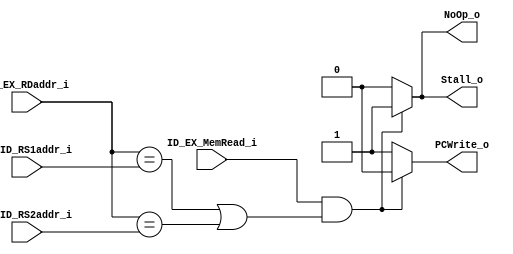
module Hazard_Detection(
	IF_ID_RS1addr_i,
	IF_ID_RS2addr_i,
	ID_EX_RDaddr_i,
	ID_EX_MemRead_i,
	Stall_o, // to testbench.v.  Also, to IF_ID.load_use_data_hazard_preserve_IF_ID_i
	NoOp_o, // to Control.v : for load-use data hazard, no operations for ID_EX
	PCWrite_o // to PC.v : for load-use data hazard, preserve PC
);
input [4:0] IF_ID_RS1addr_i;
input [4:0] IF_ID_RS2addr_i;
input [4:0] ID_EX_RDaddr_i;
input ID_EX_MemRead_i;
output reg Stall_o; // to testbench.v.  Also, to IF_ID.load_use_data_hazard_preserve_IF_ID_i
output reg NoOp_o; // to Control.v : for load-use data hazard, no operations for ID_EX
output reg PCWrite_o; // to PC.v : for load-use data hazard, preserve PC

initial begin
	Stall_o = 1'b0;
	NoOp_o = 1'b0;
	PCWrite_o = 1'b1;
end

always @(*) begin
	if(ID_EX_MemRead_i && (ID_EX_RDaddr_i == IF_ID_RS1addr_i || ID_EX_RDaddr_i == IF_ID_RS2addr_i) ) begin
		// load-use data hazard: (1) preserve PC & IF_ID. 
		// (2) Control.v give sall 0 control signals to ID_EX
		Stall_o <= 1'b1;
		NoOp_o <= 1'b1; // select : all 0 control signals
		PCWrite_o <= 1'b0;
	end else begin
		// normal : all opposite of the above
		Stall_o <= 1'b0;
		NoOp_o <= 1'b0;
		PCWrite_o <= 1'b1;
	end
end
endmodule